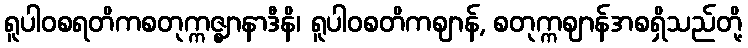
ရူပါဝစရတိကစတုက္ကဇ္ဈာနာဒီနိ၊ ရူပါဝစတိကဈာန်, စတုက္ကဈာန်အစရှိသည်တို့